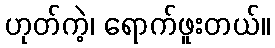
ဟုတ်ကဲ့၊ ရောက်ဖူးတယ်။